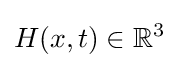
H(x,t)\in \mathbb {R} ^{3}